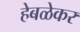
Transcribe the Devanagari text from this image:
हेबळेकर